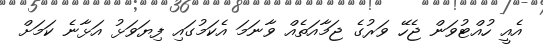
އެއީ ހުއްޓުވަން ޖެހޭ ވަރުގެ ޖަމާއަތެއް ވާނަމަ އެކަމުގައި ފިޔަވަޅު އަޅާނެ ކަމަށް